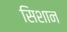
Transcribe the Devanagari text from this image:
सिशान